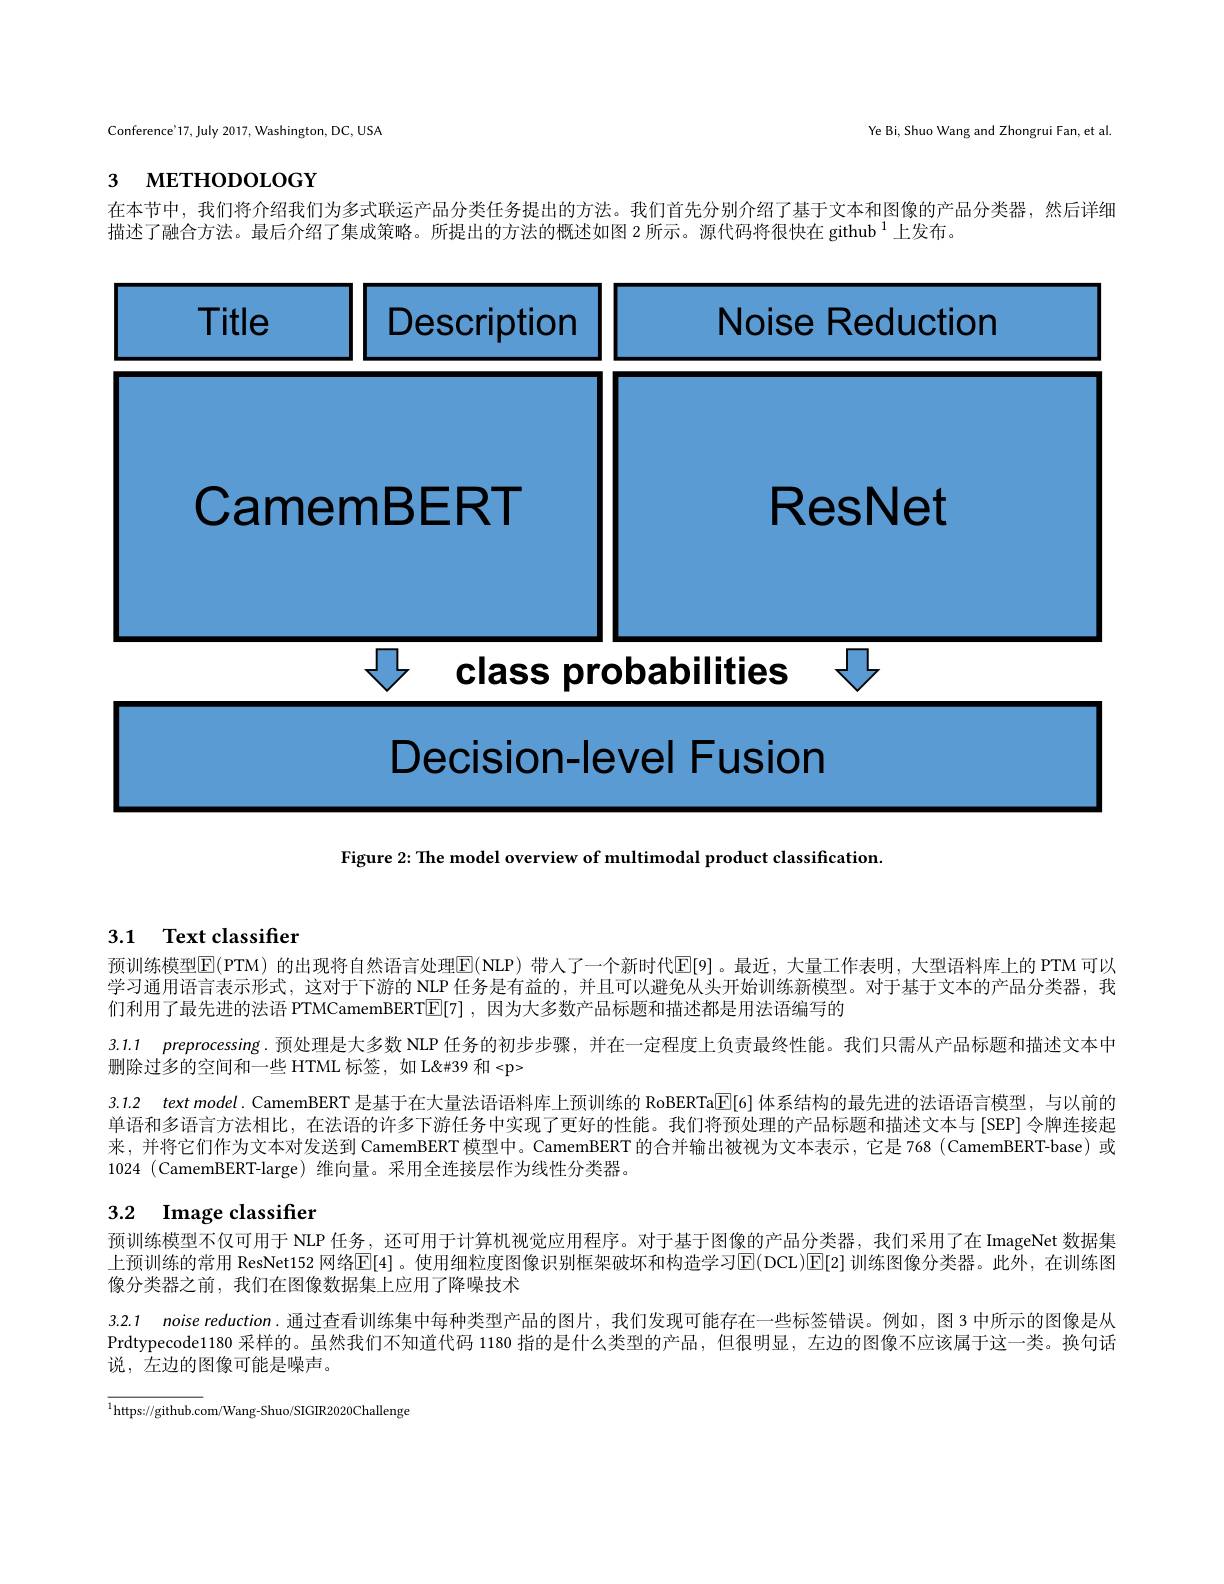
Conference'17, July 2017, Washington, DC, USA

Ye Bi, Shuo Wang and Zhongrui Fan, et al

# 3 мЕТНОDOLOGY

在本节中，我们将介绍我们为多式联运产品分类任务提出的方法。我们首先分别介绍了基于文本和图像的产品分类器，然后详细

描述了融合方法。最后介绍了集成策略。所提出的方法的概述如图 2 所示。源代码将很快在 github $^{1}$上发布。

<FigureHere>

Figure 2: The model overview of multimodal product classification.

# 3.1 Text classifier

3.1.1 preprocessing.预处理是大多数 NLP 任务的初步步骤，并在一定程度上负责最终性能。我们只需从产品标题和描述文本中
删除过多的空间和一些 HTML 标签，如 L'"39 和<p>

预训练模型$\operatorname{E}(\operatorname{PTM})$ 的出现将自然语言处理$\operatorname{E}(\operatorname{NLP})$ 带人了一个新时代$\operatorname{E}[$9]。最近，大量工作表明，大型语料库上的 PTM 可以学习通用语言表示形式，这对于下游的 NLP 任务是有益的，并且可以避免从头开始训练新模型。对于基于文本的产品分类器，我们利用了最先进的法语 PTMCamemBERT$\mathbb{E}[7]$ ,因为大多数产品标题和描述都是用法语编写的
3.1.2 text model. CamemBERT 是基于在大量法语语料库上预训练的 RoBERTa$\overline{\mathbb{E}}[6]$体系结构的最先进的法语语言模型，与以前的单语和多语言方法相比，在法语的许多下游任务中实现了更好的性能。我们将预处理的产品标题和描述文本与 [SEP] 令牌连接起来，并将它们作为文本对发送到 CamemBERT 模型中。CamemBERT 的合并输出被视为文本表示，它是 768 ( CamemBERT-base) 或1024 (CamemBERT-large) 维向量。采用全连接层作为线性分类器。

# 3.2 $\textbf{Image classifier}$

预训练模型不仅可用于 NLP 任务，还可用于计算机视觉应用程序。对于基于图像的产品分类器，我们采用了在 ImageNet 数据集上预训练的常用 ResNet152 网络$\overline{\mathbb{E}}[4]$ 。使用细粒度图像识别框架破坏和构造学习$\overline {\mathbb{E} }($DCL$) \overline {\mathbb{E} }[ 2]$ 训练图像分类器。此外，在训练图像分类器之前，我们在图像数据集上应用了降噪技术
3.2.1 noise reduction.通过查看训练集中每种类型产品的图片，我们发现可能存在一些标签错误。例如，图 3 中所示的图像是从Prdtypecode1180 采样的。虽然我们不知道代码 1180 指的是什么类型的产品，但很明显，左边的图像不应该属于这一类。换句话说，左边的图像可能是噪声。

https: / / github. com/ Wang- Shuo/ SIGIR2020Challenge